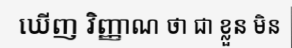
ឃើញ វិញ្ញាណ ថា ជា ខ្លួន មិន